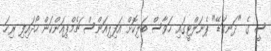
ސީ ގެ "ދަނގަޑޭ" ޕެނަލްޓީގައި ހަވާސް ބަލިކޮށް އަފިލިއަންސް ޗެމްޕިއަންކަން ހޯދައިފި ރިހަ